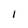
Character: 1